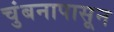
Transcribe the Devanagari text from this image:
चुंबनापासून